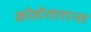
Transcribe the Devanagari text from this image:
कोन्नोताशन्स